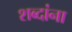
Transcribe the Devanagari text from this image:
शब्‍दांना